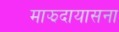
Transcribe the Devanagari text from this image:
माझदायासना